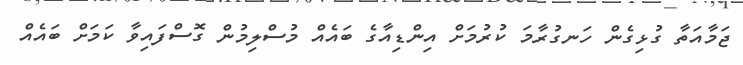
ޖަމާއަތާ ގުޅިގެން ހަނގުރާމަ ކުރުމަށް އިންޑިއާގެ ބައެއް މުސްލިމުން ގޮސްފައިވާ ކަމަށް ބައެއް